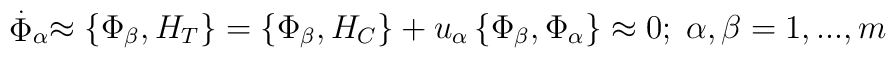
\stackrel{.}{\Phi }_\alpha \approx \left\{ \Phi _\beta ,H_T\right\} =\left\{\Phi _\beta ,H_C\right\} +u_\alpha \left\{ \Phi _\beta ,\Phi _\alpha\right\} \approx 0;\;\alpha ,\beta =1,...,m